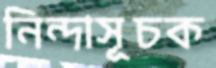
নিন্দাসূচক